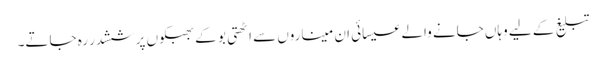
تبلیغ کے لیے وہاں جانے والے عیسائی ان میناروں سے اٹھتی بو کے بھبکوں پر ششدر رہ جاتے۔